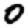
Digit: 0